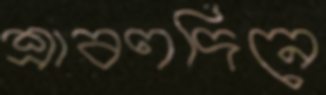
শ্রাবণদিনে